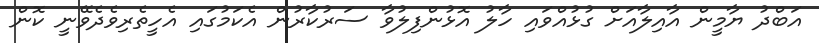
އަބްދު ޔާމީން އާއިލާއަށް ގުޅުއްވައި ހާލު އޮޅުންފިލުވާ ސަރުކާރުން އެކަމުގައި އެހީތެރިވެދެވޭނީ ކޮން